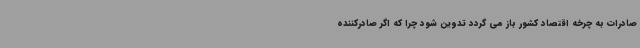
صادرات به چرخه اقتصاد کشور باز می گردد تدوین شود چرا که اگر صادرکننده